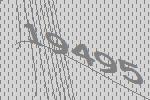
19495